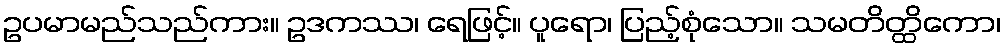
ဥပမာမည်သည်ကား။ ဥဒကဿ၊ ရေဖြင့်။ ပူရော၊ ပြည့်စုံသော။ သမတိတ္ထိကော၊